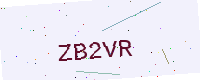
Text: ZB2VR